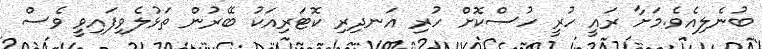
ބުނެލިއެވެ.މަށާ ރައީ ހުރީ ހުސްކޮށް ހުރި އަނދިރި ކޮޓަރިއަކު ބޭރުން ތަޅުލެވިފައިވީ ވެސް